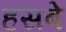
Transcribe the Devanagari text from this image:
हसबे